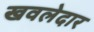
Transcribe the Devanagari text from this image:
खवलेदार